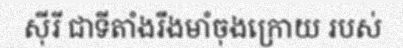
ស៊ីរី ជាទីតាំងរឹងមាំចុងក្រោយ របស់